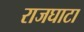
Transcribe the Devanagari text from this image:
राजघाटा